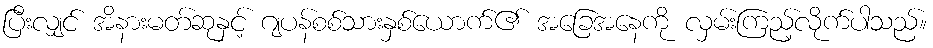
ပြီးလျှင် အိနားမတ်ဆုနှင့် ဂျပန်စစ်သားနှစ်ယောက်၏ အခြေအနေကို လှမ်းကြည့်လိုက်ပါသည်။